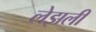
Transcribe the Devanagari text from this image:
लेझली